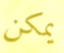
يمكن